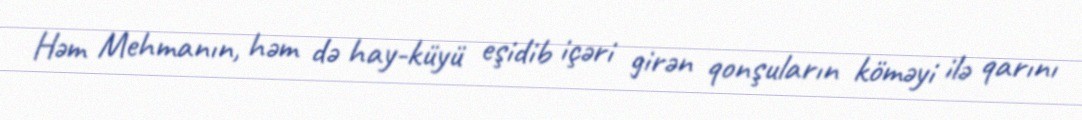
Həm Mehmanın, həm də hay-küyü eşidib içəri girən qonşuların köməyi ilə qarını